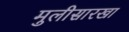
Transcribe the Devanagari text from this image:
मुलीसारखा